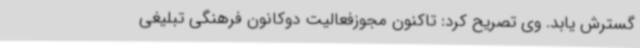
گسترش یابد. وی تصریح کرد: تاکنون مجوزفعالیت دوکانون فرهنگی تبلیغی